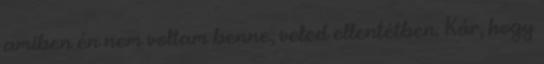
amiben én nem voltam benne, veled ellentétben. Kár, hogy